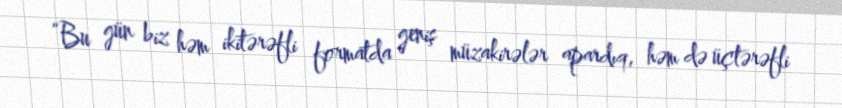
“Bu gün biz həm ikitərəfli formatda geniş müzakirələr apardıq, həm də üçtərəfli